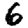
Digit: 6